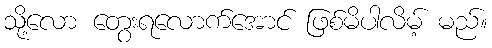
သို့လော တွေးရလောက်အောင် ဖြစ်မိပါလိမ့် မည်။